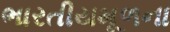
ભારતીયમૂળના